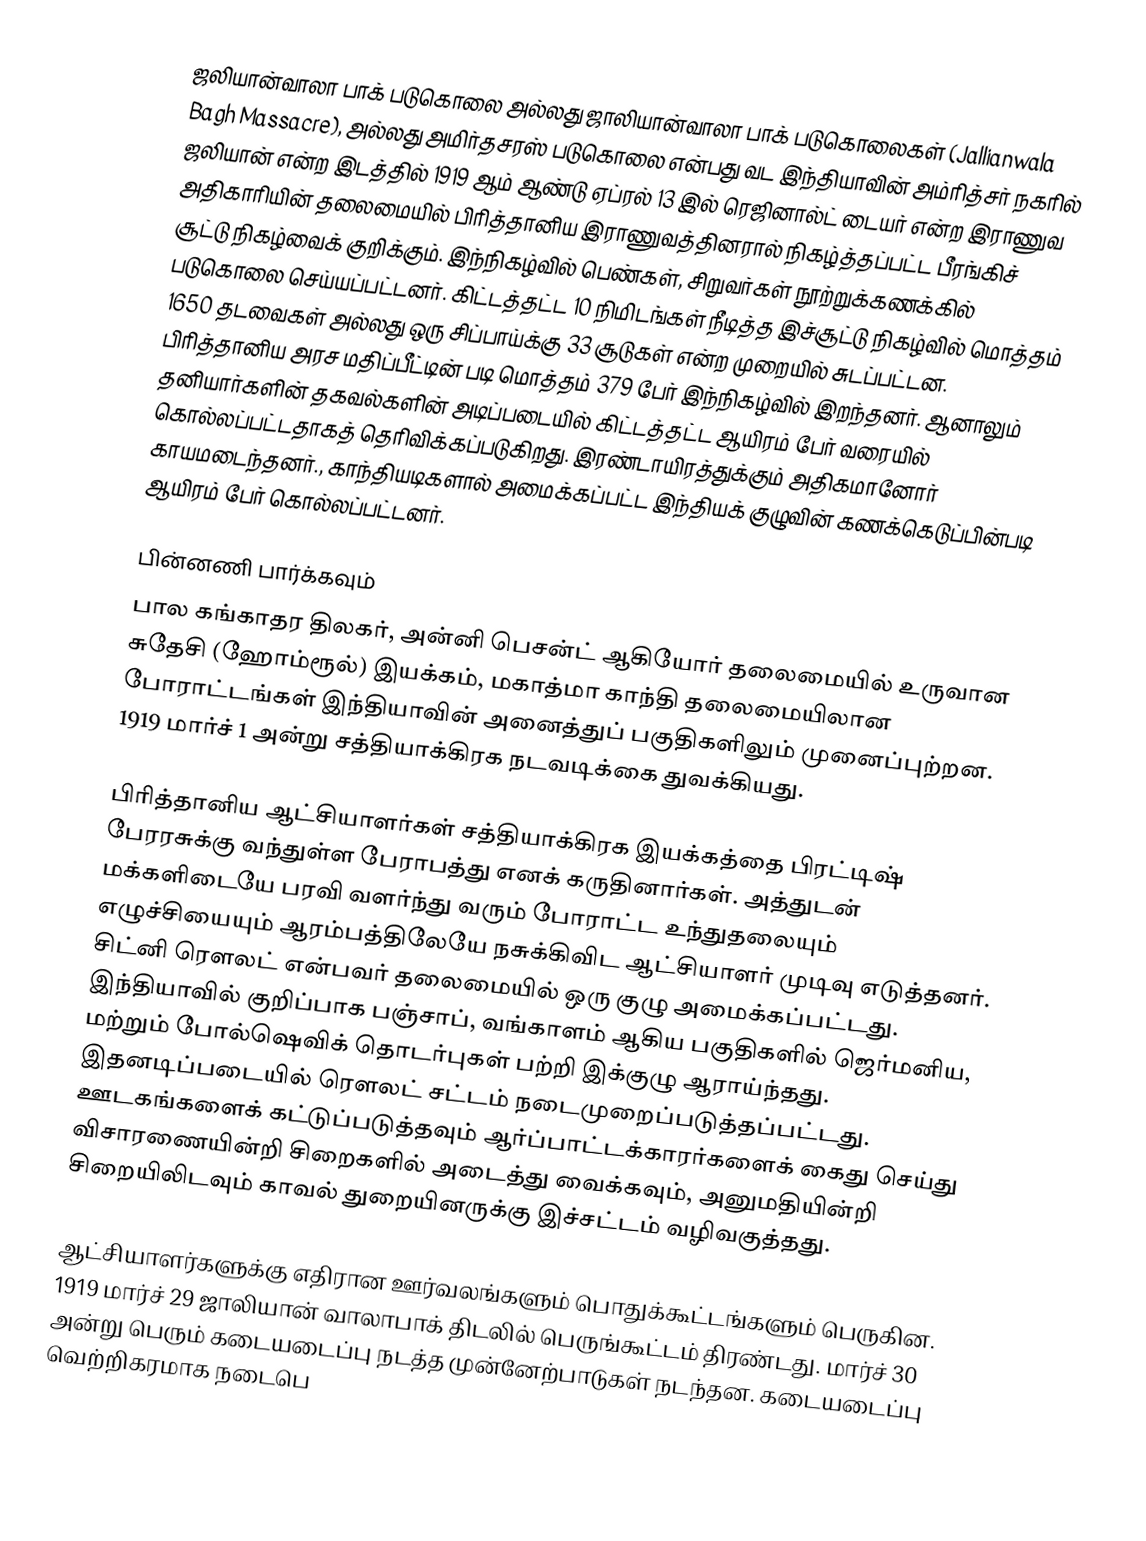
ஜலியான்வாலா பாக் படுகொலை அல்லது ஜாலியான்வாலா பாக் படுகொலைகள் (Jallianwala Bagh Massacre), அல்லது அமிர்தசரஸ் படுகொலை என்பது வட இந்தியாவின் அம்ரித்சர் நகரில் ஜலியான் என்ற இடத்தில் 1919 ஆம் ஆண்டு ஏப்ரல் 13 இல் ரெஜினால்ட் டையர் என்ற இராணுவ அதிகாரியின் தலைமையில் பிரித்தானிய இராணுவத்தினரால் நிகழ்த்தப்பட்ட பீரங்கிச் சூட்டு நிகழ்வைக் குறிக்கும். இந்நிகழ்வில் பெண்கள், சிறுவர்கள் நூற்றுக்கணக்கில் படுகொலை செய்யப்பட்டனர். கிட்டத்தட்ட 10 நிமிடங்கள் நீடித்த இச்சூட்டு நிகழ்வில் மொத்தம் 1650 தடவைகள் அல்லது ஒரு சிப்பாய்க்கு 33 சூடுகள் என்ற முறையில் சுடப்பட்டன. பிரித்தானிய அரச மதிப்பீட்டின் படி மொத்தம் 379 பேர் இந்நிகழ்வில் இறந்தனர். ஆனாலும் தனியார்களின் தகவல்களின் அடிப்படையில் கிட்டத்தட்ட ஆயிரம் பேர் வரையில் கொல்லப்பட்டதாகத் தெரிவிக்கப்படுகிறது. இரண்டாயிரத்துக்கும் அதிகமானோர் காயமடைந்தனர்., காந்தியடிகளால் அமைக்கப்பட்ட இந்தியக் குழுவின் கணக்கெடுப்பின்படி ஆயிரம் பேர் கொல்லப்பட்டனர்.

பின்னணி பார்க்கவும்
பால கங்காதர திலகர், அன்னி பெசன்ட் ஆகியோர் தலைமையில் உருவான சுதேசி (ஹோம்ரூல்) இயக்கம், மகாத்மா காந்தி தலைமையிலான போராட்டங்கள் இந்தியாவின் அனைத்துப் பகுதிகளிலும் முனைப்புற்றன. 1919 மார்ச் 1 அன்று சத்தியாக்கிரக நடவடிக்கை துவக்கியது.

பிரித்தானிய ஆட்சியாளர்கள் சத்தியாக்கிரக இயக்கத்தை பிரட்டிஷ் பேரரசுக்கு வந்துள்ள பேராபத்து எனக் கருதினார்கள். அத்துடன் மக்களிடையே பரவி வளர்ந்து வரும் போராட்ட உந்துதலையும் எழுச்சியையும் ஆரம்பத்திலேயே நசுக்கிவிட ஆட்சியாளர் முடிவு எடுத்தனர். சிட்னி ரௌலட் என்பவர் தலைமையில் ஒரு குழு அமைக்கப்பட்டது. இந்தியாவில் குறிப்பாக பஞ்சாப், வங்காளம் ஆகிய பகுதிகளில் ஜெர்மனிய, மற்றும் போல்ஷெவிக் தொடர்புகள் பற்றி இக்குழு ஆராய்ந்தது. இதனடிப்படையில் ரௌலட் சட்டம் நடைமுறைப்படுத்தப்பட்டது. ஊடகங்களைக் கட்டுப்படுத்தவும் ஆர்ப்பாட்டக்காரர்களைக் கைது செய்து விசாரணையின்றி சிறைகளில் அடைத்து வைக்கவும், அனுமதியின்றி சிறையிலிடவும் காவல் துறையினருக்கு இச்சட்டம் வழிவகுத்தது.

ஆட்சியாளர்களுக்கு எதிரான ஊர்வலங்களும் பொதுக்கூட்டங்களும் பெருகின. 1919 மார்ச் 29 ஜாலியான் வாலாபாக் திடலில் பெருங்கூட்டம் திரண்டது. மார்ச் 30 அன்று பெரும் கடையடைப்பு நடத்த முன்னேற்பாடுகள் நடந்தன. கடையடைப்பு வெற்றிகரமாக நடைபெ